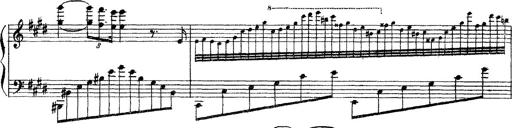
Title: 3 sonetti di Petrarca
Composer: Franz Liszt